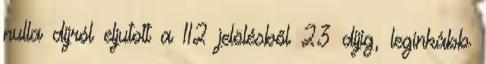
nulla díjról eljutott a 112 jelölésből 23 díjig, leginkább